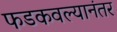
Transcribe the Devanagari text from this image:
फडकवल्यानंतर